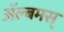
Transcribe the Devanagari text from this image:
अॅल्बमस्